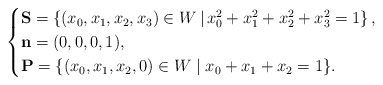
\begin{align*}\begin{cases}\mathbf{S} = \left\{ (x_0, x_1, x_2, x_3) \in W\, | \, x_0^2 + x_1^2 + x_2^2 + x_3^2 = 1\right\},\\\mathbf{n} = (0, 0, 0, 1), \\ \mathbf{P} = \{ (x_0, x_1, x_2, 0) \in W\mid x_0 + x_1 + x_2 = 1 \}.\end{cases}\end{align*}